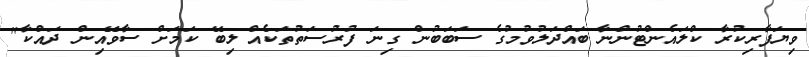
ވިޔަފާރިކުރާ ކްލައެންޓުންނާ ބައްދަލުވުމުގެ ސަބަބުން ގިނަ ފުރުސަތުތަކެއް ލިބޭ ކަމަށް ސާވޭއިން ދައްކާ"